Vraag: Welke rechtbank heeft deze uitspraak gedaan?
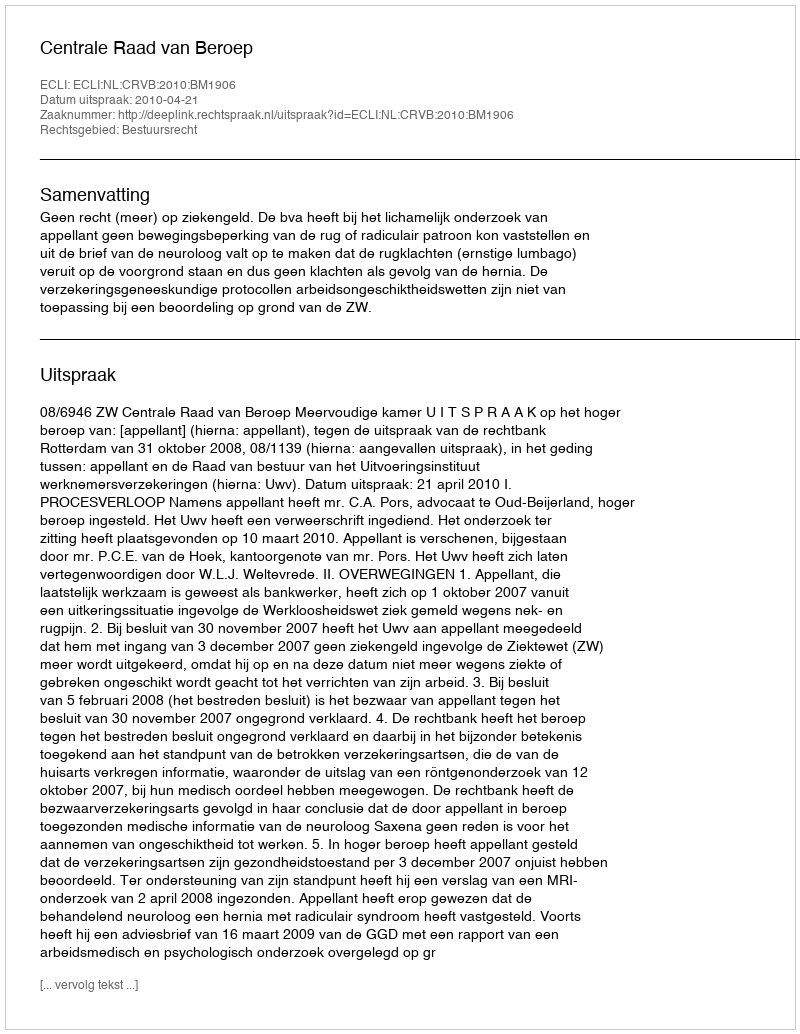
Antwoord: Centrale Raad van Beroep